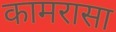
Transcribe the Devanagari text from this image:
कामरासा